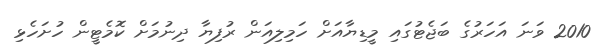
2010 ވަނަ އަހަރުގެ ބަޖެޓުގައި މީޑިޔާއަށް ހަމިލިއަން ރުފިޔާ ދިނުމަށް ކޮމެޓީން ހުށަހެޅި